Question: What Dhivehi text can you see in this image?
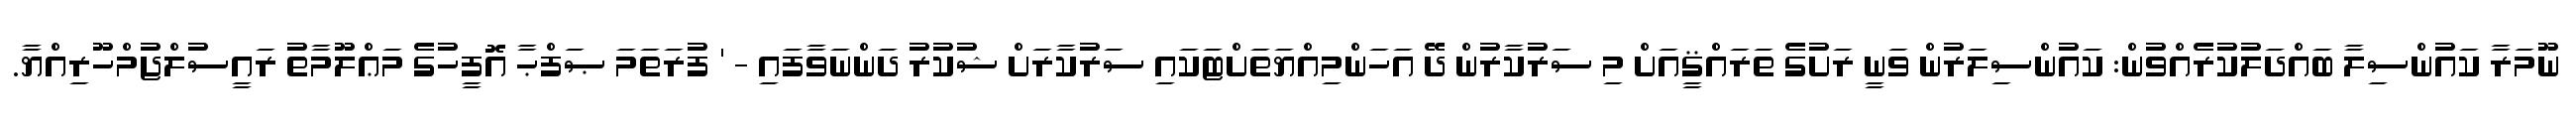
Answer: ނޫމަރާ ކައުންސިލާ ބައްދަލުކުރެއްވުން: ކައުންސިލަރުން ވަނީ ރަށުގެ ތަރައްޤީއަށް މި ސަރުކާރުން ދޭ އަހަންމިއްޔަތަށްޓަކައި ސަރުކާރަށް ޝުކުރު ދަންނަވާފައި - ' ފުރަތަމަ ޞަފްޙާ އޮފީހުގެ މަޢްލޫމާތު ރައީސުލްޖުމްހޫރިއްޔާ.